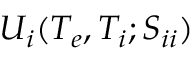
U _ { i } ( T _ { e } , T _ { i } ; S _ { i i } )